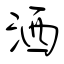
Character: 洒